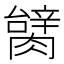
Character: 𦠬